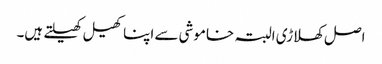
اصل کھلاڑی البتہ خاموشی سے اپنا کھیل کھیلتے ہیں۔